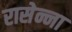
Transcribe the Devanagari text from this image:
रासेन्ना